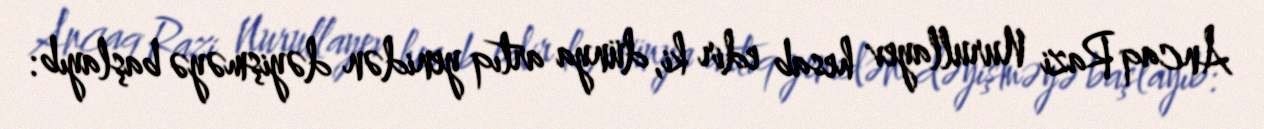
Ancaq Razi Nurullayev hesab edir ki, dünya artıq yenidən dəyişməyə başlayıb: